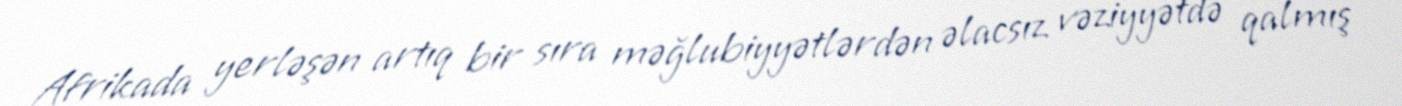
Afrikada yerləşən artıq bir sıra məğlubiyyətlərdən əlacsız vəziyyətdə qalmış